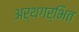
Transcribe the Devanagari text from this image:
अर्थगर्भित